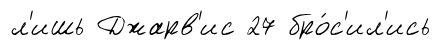
л'ишь Джарв'ис 27 бро́с'ил'ись